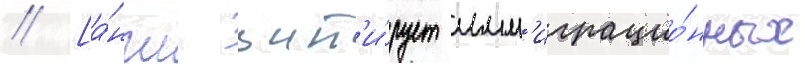
// [а́нгл. цит'и́рует имм'играцио́нных